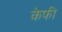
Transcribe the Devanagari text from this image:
केफी